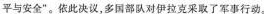
平与安全”。依此决议，多国部队对伊拉克采取了军事行动。